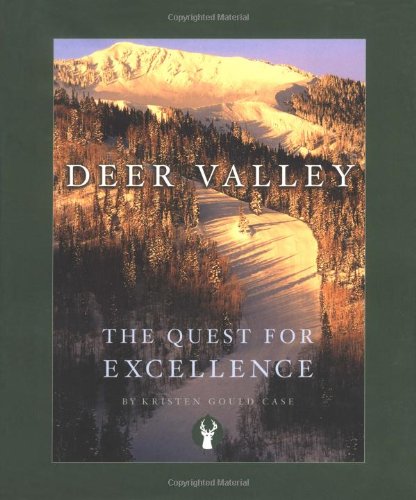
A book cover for Deer Valley: The Quest for Excellence; Kristen Gould Case; Travel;